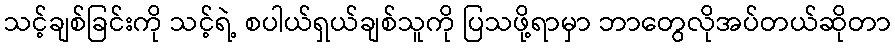
သင့်ချစ်ခြင်းကို သင့်ရဲ့ စပါယ်ရှယ်ချစ်သူကို ပြသဖို့ရာမှာ ဘာတွေလိုအပ်တယ်ဆိုတာ